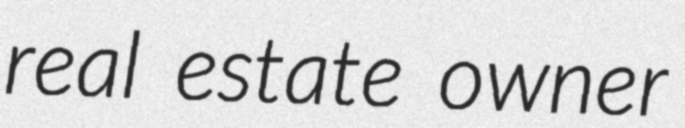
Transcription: real estate owner